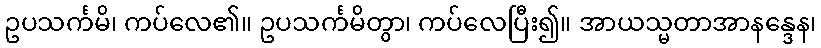
ဥပသင်္ကမိ၊ ကပ်လေ၏။ ဥပသင်္ကမိတွာ၊ ကပ်လေပြီး၍။ အာယသ္မတာအာနန္ဒေန၊